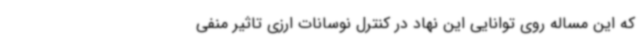
که این مساله روی توانایی این نهاد در کنترل نوسانات ارزی تاثیر منفی